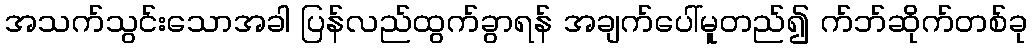
အသက်သွင်းသောအခါ ပြန်လည်ထွက်ခွာရန် အချက်ပေါ်မူတည်၍ က်ဘ်ဆိုက်တစ်ခု